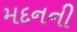
મદનની